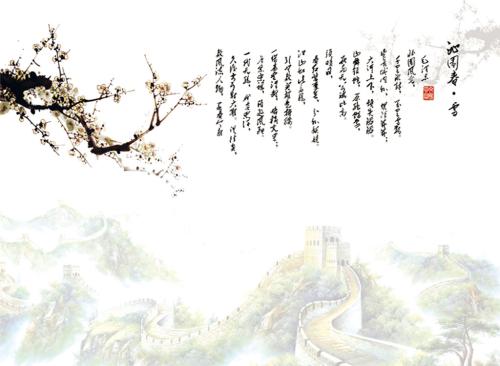
就解佩旗亭，故人相遇。